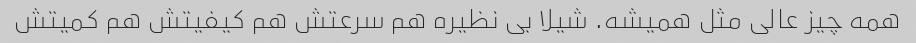
همه چیز عالی مثل همیشه. شیلا بی نظیره هم سرعتش هم کیفیتش هم کمیتش